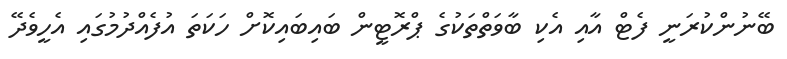
ބޭނުންކުރަނީ ފެޓް އާއި އެކި ބާވަތްތަކުގެ ޕްރޮޓީން ބައިބައިކޮށް ހަކަތަ އުފެއްދުމުގައި އެހީވެދޭ